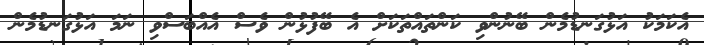
އެކަމަކު އަޅުގަނޑުމެން ބޭނުންވި ކަންތައްތަކަށް އެ ބޭފުޅުން ވެސް އެއްބަސްވި ނަމަ އަޅުގަނޑުމެން